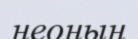
неоның